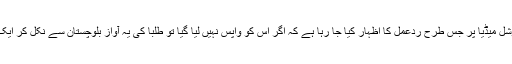
کل اس نوٹیفکیشن کے بعد نوجوانوں کی طرف سے سوشل میڈیا پر جس طرح ردعمل کا اظہار کیا جا رہا ہے کہ اگر اس کو واپس نہیں لیا گیا تو طلبا کی یہ آواز بلوچستان سے نکل کر ایک ملک گیر طلبا تحریک کی شکل اختیار کر سکتی ہے۔